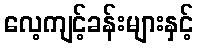
လေ့ကျင့်ခန်းများနှင့်